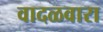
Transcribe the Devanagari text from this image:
वादळवारा